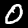
Digit: 0